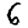
Digit: 6